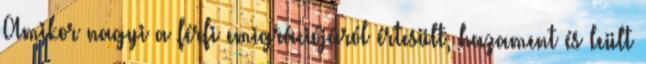
Amikor nagyi a férfi emigrációjáról értesült, hazament és leült